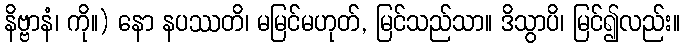
နိဗ္ဗာနံ၊ ကို။) နော နပဿတိ၊ မမြင်မဟုတ်, မြင်သည်သာ။ ဒိသွာပိ၊ မြင်၍လည်း။